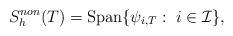
LaTeX: \begin{align*}S_h^{non}(T)= \textrm{Span} \{ \psi_{i,T}:\; i\in\mathcal{I} \},\end{align*}